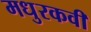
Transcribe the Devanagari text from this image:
मधुरकवी